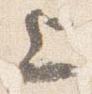
上